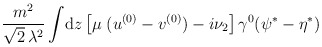
\begin{align*}\frac{m^2}{\sqrt{2}\,\lambda^2}\int \!{\rm d}z\left[\mu\;(u^{(0)}-v^{(0)})-i\nu_2\right] \gamma^0 (\psi^* -\eta^*)\end{align*}